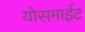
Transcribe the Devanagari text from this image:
योसमाईट